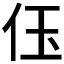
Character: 𠇤